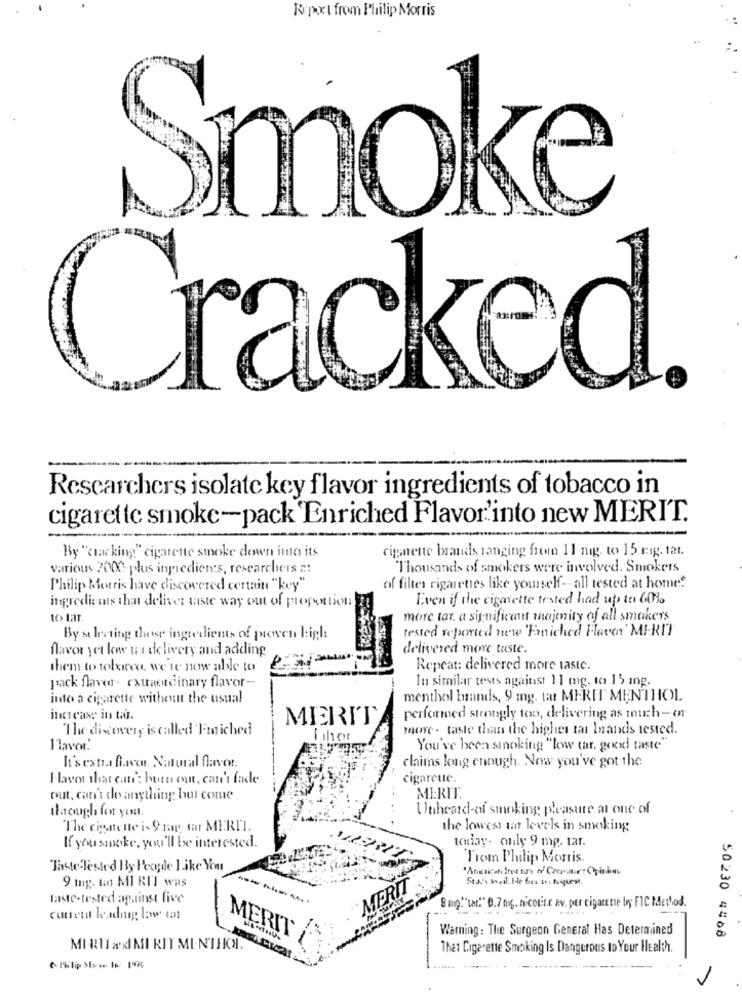
Report from Philip Morris
Smoke
Cracked.
Researchers isolate key flavor ingredients of tobacco in
cigarette smoke-pack 'Enriched Flavor'into new MERIT.
cigarette brands ranging from 11 nig. to> 15 rigg. tat.
By "cracking" cigarette smoke down into its
various 2000-plus ingredients, researchers a:
Thousands of smokers were involved. Smokers
Philip Morris have discovered certain "key"
of filter cigarettes like yourself -- all tested at home!
Even if the cigarette tested had up to 60%
ingredients that deliver taste way out of proportion
to lar.
more tar. a significant majenity af all smakers
tested reported new 'Emiched Favor' MIRIT
By selecting those ingredients of proven light
flavor yet lowe u i delivery and adding
delivered more taste.
them to tobacco, we're now able to
Repeat: delivered more tastc.
pack flavor- extraordinary flavor-
In similar tests against 11 mg. to 15 mg.
into a cigarette withennt the usual
menthol brands, 9 mg. tar MERIT MENTHOL
increase in tar.
MEERIT
performed strongly too, delivering as much - or
The discovery is called Enriched
more - taste than the higher tar brands tested.
l'lavor:
You've been smoking "low tar, good taste"
claims long enough. Now you've got the
It's extra five. Natural flave.
Haver that can': bueur onun, can't fade
cigarcute.
MERIT.
out, can't de anything but come
Ilough for you.
Unheard-of smoking pleasure at one of
The cigarette i- 9 ning, tar MERII.
the lowest tat levels in smoking
today- only 9 mg. tar.
If you smoke, you'll be interested.
Tiom Philip Morris.
Taste-lested By People Like You
Stafe snail He fies thi toques.
9 mg. man MI RIJ was
MERIT
laste-tested against five
Bmg."tot." 0.7 ngg ,. nicotine av. per cigarette by FIC Method.
cuttera leading low tat
Warning : The Surgeon General Has Determined
MERIT (
50230 4466
MI RIT #xI MI RIT MINIHOL
That Cigarette Smoking Is Dangerous to Your Health.